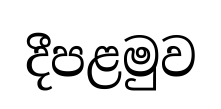
දීපළමුව